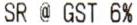
SR @ GST 6%